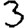
Digit: 3